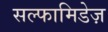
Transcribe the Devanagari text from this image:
सल्फामिडेज़